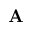
{ \bf A }